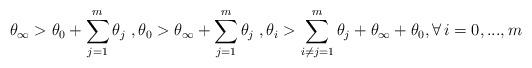
LaTeX: \begin{align*} \theta_{\infty} > \theta_0 + \sum_{j=1}^{m} \theta_j \; , \theta_{0} > \theta_\infty + \sum_{j=1}^{m} \theta_j \; , \theta_i > \sum_{i \ne j=1}^{m} \theta_j + \theta_{\infty} + \theta_{0}, \forall \, i=0,...,m\end{align*}